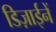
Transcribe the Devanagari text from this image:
डिज़ाईनें